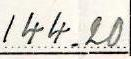
144.20